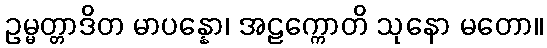
ဥမ္မတ္တာဒိတ မာပန္နော၊ အဠက္ကောတိ သုနော မတော။